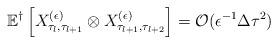
LaTeX: \begin{align*}\mathbb{E}^\dagger \left[ X^{(\epsilon)}_{\tau_l,\tau_{l+1}} \otimes X^{(\epsilon)}_{\tau_{l+1},\tau_{l+2}}\right] = \mathcal{O}( \epsilon^{-1} \Delta \tau^2) \end{align*}